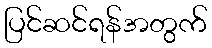
ပြင်ဆင်ရန်အတွက်